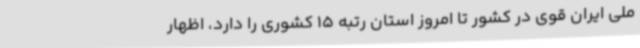
ملی ایران قوی در کشور تا امروز استان رتبه 15 کشوری را دارد، اظهار